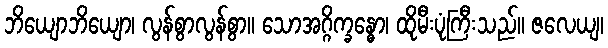
ဘိယျောဘိယျော၊ လွန်စွာလွန်စွာ။ သောအဂ္ဂိက္ခန္ဓော၊ ထိုမီးပုံကြီးသည်။ ဇလေယျ၊